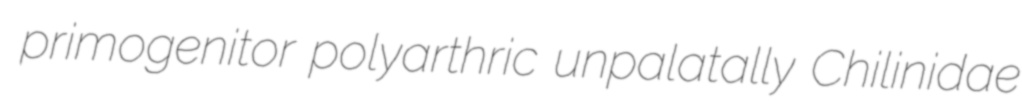
primogenitor polyarthric unpalatally Chilinidae